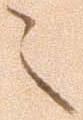
之